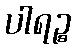
ပါရဉ္စ